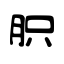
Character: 胑